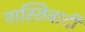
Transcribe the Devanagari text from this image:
नास्तिवादी